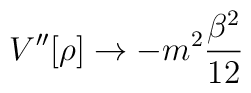
V''[\rho] \rightarrow  -m^2 \frac{\beta^2}{12}